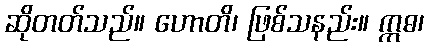
ဆိုတတ်သည်။ ဟောတိ၊ ဖြစ်သနည်း။ ဣဓ၊